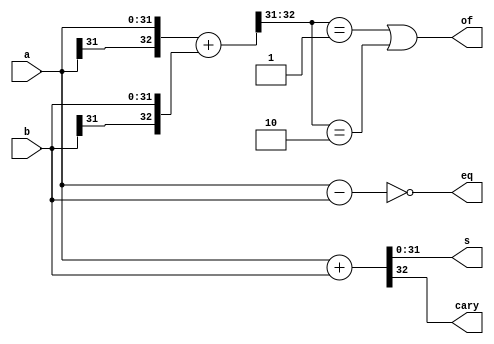
`timescale 1ns / 1ps
//////////////////////////////////////////////////////////////////////////////////
// Company: 
// Engineer: 
// 
// Design Name: 
// Module Name: adder
// Project Name: 
// Target Devices: 
// Tool Versions: 
// Description: 
// 
// Dependencies: 
// 
// Revision:
// Revision 0.01 - File Created
// Additional Comments:
// 
//////////////////////////////////////////////////////////////////////////////////


module adder(
    input [31:0] a,
    input [31:0] b,
    output [31:0] s,
    output cary,
    output of,
    output eq
    );

    wire [32:0] intermediate_sum;
    wire [32:0] carry_sum;

    assign eq = (a-b == 0);
    
    assign intermediate_sum = {a[31], a} + {b[31], b};
    assign of = (intermediate_sum[32:31] == 2'b01) | (intermediate_sum[32:31] == 2'b10); //overflow | underflow
    assign carry_sum = a + b;
    assign s = carry_sum[31:0];
    assign cary = carry_sum[32];

endmodule